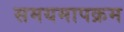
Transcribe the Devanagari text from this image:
समयमापक्रम